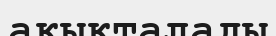
ақықталады